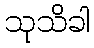
သုသိခါ